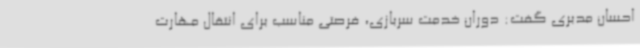
احسان مدبری گفت: دوران خدمت سربازی، فرصتی مناسب برای انتقال مهارت